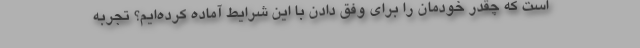
است که چقدر خودمان را برای وفق دادن با این شرایط آماده کرده‌ایم؟ تجربه